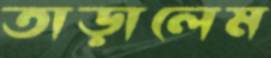
তাড়ালেম